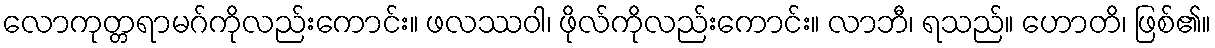
လောကုတ္တရာမဂ်ကိုလည်းကောင်း။ ဖလဿဝါ၊ ဖိုလ်ကိုလည်းကောင်း။ လာဘီ၊ ရသည်။ ဟောတိ၊ ဖြစ်၏။